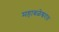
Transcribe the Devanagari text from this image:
महाबळेश्वरात